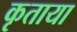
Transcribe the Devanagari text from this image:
कृताया